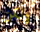
ولكن